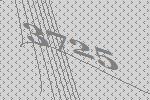
3725